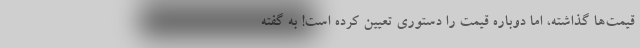
قیمت‌ها گذاشته، اما دوباره قیمت را دستوری تعیین کرده است! به گفته